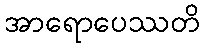
အာရောပေဿတိ